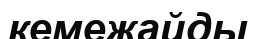
кемежайды